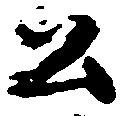
公